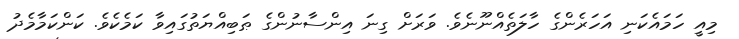
މިއީ ހަމައެކަނި އަހަރެންގެ ހާލަތެއްނޫނެވެ. ވަރަށް ގިނަ އިންސާނުންގެ ޠަބިއްޔަތުގައިވާ ކަމެކެވެ. ކަންކަމާމެދު